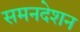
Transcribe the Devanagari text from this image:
समनदेशन